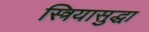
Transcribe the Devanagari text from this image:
स्त्रियासुद्धा